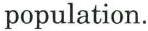
population.